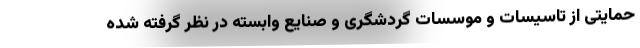
حمایتی از تاسیسات و موسسات گردشگری و صنایع وابسته در نظر گرفته شده